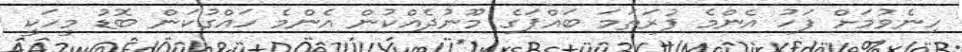
ހިނެވުމަށް ފަހު އެންމެ ފުރަތަމަ ބައްޕަގެ މޫނުދެއްކުން އެންމެ ހައްގުކަން ބޮޑު މީހަކީ